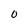
Character: O